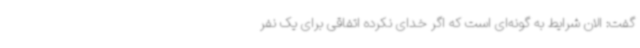
گفت: الان شرایط به گونه‌ای است که اگر خدای نکرده اتفاقی برای یک نفر